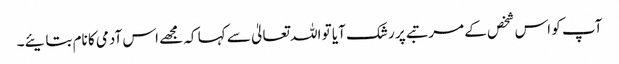
آپ کو اس شخص کے مرتبے پر رشک آیا تو اللہ تعالیٰ سے کہا کہ مجھے اس آدمی کا نام بتایئے۔